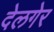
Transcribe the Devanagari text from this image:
देलगेर